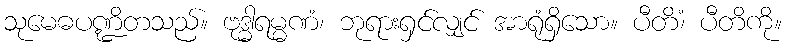
သုမေဓပဏ္ဍိတသည်။ ဗုဒ္ဓါရမ္မဏံ၊ ဘုရားရှင်လျှင် အာရုံရှိသော။ ပီတိံ၊ ပီတိကို။